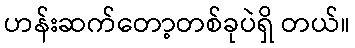
ဟန်းဆက်တော့တစ်ခုပဲရှိ တယ်။